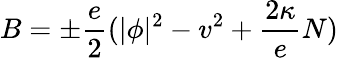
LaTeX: B=\pm\frac e2(|\phi|^{2}-v^{2}+\frac{2\kappa}eN)